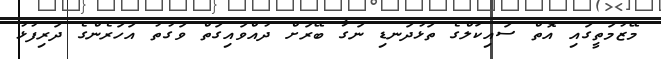
މޭޒުމަތީގައި އޮތް ސައިކަލްގެ ތަޅުދަނޑި ނަގާ ބޭރަށް ދުއްވައިގަތް ވަގުތު އަހަރެންގެ ދަރިފުޅު